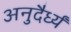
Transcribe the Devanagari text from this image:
अनुदैर्ध्यं